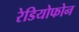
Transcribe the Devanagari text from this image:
रेडियोफोन